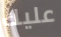
عليك